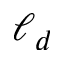
\ell _ { d }